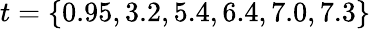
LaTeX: t=\{ 0.95,3.2,5.4,6.4,7.0,7.3\}